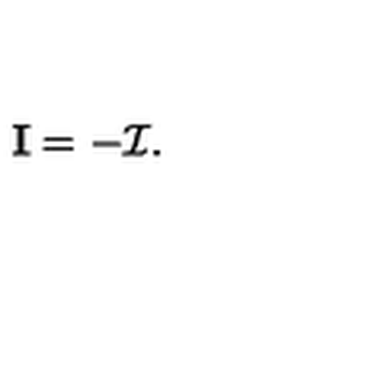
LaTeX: { \mathbf I } = - { \mathcal I } .